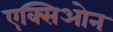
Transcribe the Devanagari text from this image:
एक्सिओन